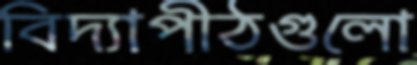
বিদ্যাপীঠগুলো